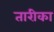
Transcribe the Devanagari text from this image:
तारीका